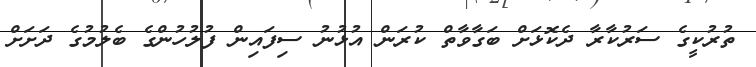
ތުރުކީގެ ސަރުކާރާ ދެކޮޅަށް ބަގާވާތް ކުރަން އުޅުނު ސިފައިން ފުލުހުންގެ ބެލުމުގެ ދަށަށް